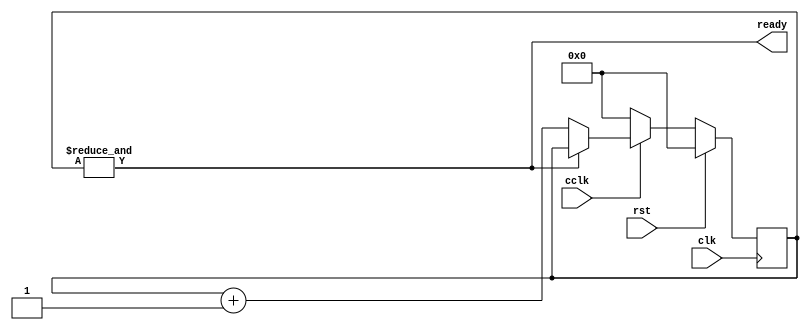
module cclk_detector_4 (
    input clk,
    input rst,
    input cclk,
    output reg ready
  );
  
  localparam CLK_FREQ = 26'h2faf080;
  
  
  localparam CTR_SIZE = 4'he;
  
  reg [13:0] M_ctr_d, M_ctr_q = 1'h0;
  
  always @* begin
    M_ctr_d = M_ctr_q;
    
    ready = (&M_ctr_q);
    if (cclk == 1'h0) begin
      M_ctr_d = 1'h0;
    end else begin
      if (!(&M_ctr_q)) begin
        M_ctr_d = M_ctr_q + 1'h1;
      end
    end
  end
  
  always @(posedge clk) begin
    if (rst == 1'b1) begin
      M_ctr_q <= 1'h0;
    end else begin
      M_ctr_q <= M_ctr_d;
    end
  end
  
endmodule